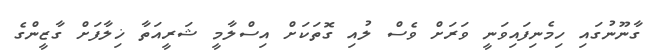
ގާނޫނުގައި ހިމެނިފައިވަނީ ވަރަށް ވެސް ލުއި ގޮތަކަށް އިސްލާމީ ޝަރީއަތާ ޚިލާފަށް ގާޒީންގެ